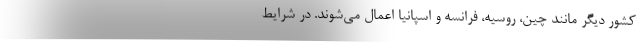
کشور دیگر مانند چین، روسیه، فرانسه و اسپانیا اعمال می‌شوند. در شرایط